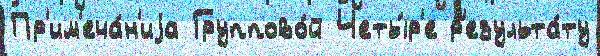
Пр'им'еча́н'иjа Группово́й Четы́р'е р'езульта́ту